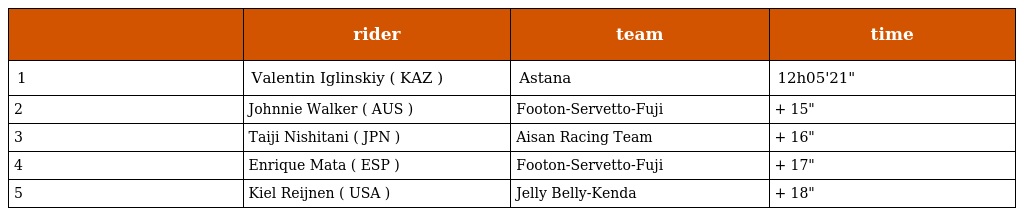
|  | rider | team | time |
 | --- | --- | --- | --- |
 | 1 | Valentin Iglinskiy ( KAZ ) | Astana | 12h05'21" |
 | 2 | Johnnie Walker ( AUS ) | Footon-Servetto-Fuji | + 15" |
 | 3 | Taiji Nishitani ( JPN ) | Aisan Racing Team | + 16" |
 | 4 | Enrique Mata ( ESP ) | Footon-Servetto-Fuji | + 17" |
 | 5 | Kiel Reijnen ( USA ) | Jelly Belly-Kenda | + 18" |